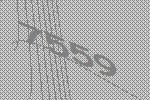
7559